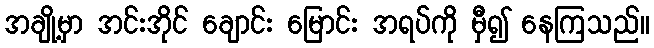
အချို့မှာ အင်းအိုင် ချောင်း မြောင်း အရပ်ကို မှီ၍ နေကြသည်။